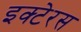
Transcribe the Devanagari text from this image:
इक्टेरस